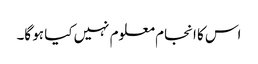
اس کا انجام معلوم نہیں کیا ہو گا۔